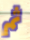
ثم